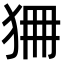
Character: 狦